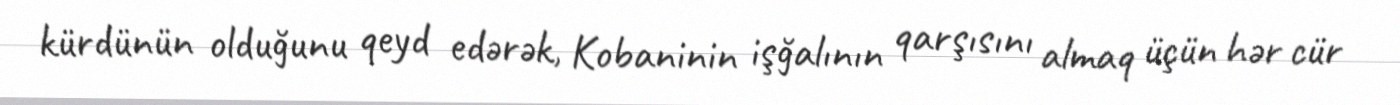
kürdünün olduğunu qeyd edərək, Kobaninin işğalının qarşısını almaq üçün hər cür